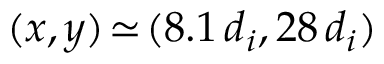
( x , y ) \! \simeq \! ( 8 . 1 \, d _ { i } , 2 8 \, d _ { i } )